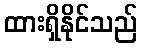
ထားရှိနိုင်သည်